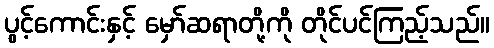
ပွင့်ကောင်းနှင့် မှော်ဆရာတို့ကို တိုင်ပင်ကြည့်သည်။